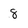
Character: 8